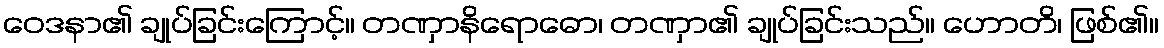
ဝေဒနာ၏ ချုပ်ခြင်းကြောင့်။ တဏှာနိရောဓော၊ တဏှာ၏ ချုပ်ခြင်းသည်။ ဟောတိ၊ ဖြစ်၏။